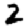
Digit: 2